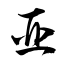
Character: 亞